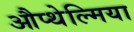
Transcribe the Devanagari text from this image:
औप्थेल्मिया